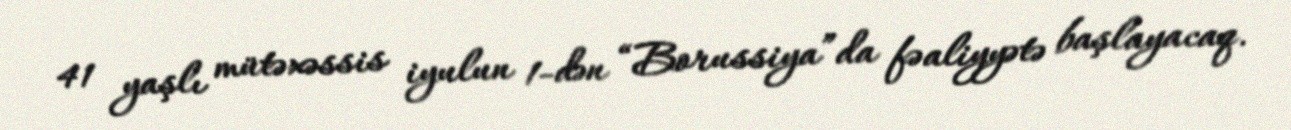
41 yaşlı mütəxəssis iyulun 1-dən “Borussiya”da fəaliyyətə başlayacaq.